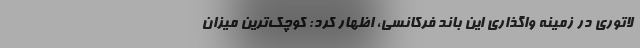
لاتوری در زمینه واگذاری این باند فرکانسی، اظهار کرد: کوچک‌ترین میزان